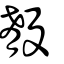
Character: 殽